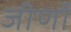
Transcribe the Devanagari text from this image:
जीर्णो